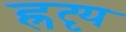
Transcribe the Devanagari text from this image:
ह्रदृय